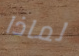
لماذا